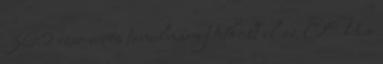
360 ezer eurós tanulmányt titkolt el az EU a